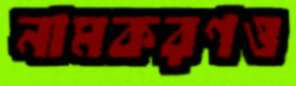
নামকরণও